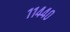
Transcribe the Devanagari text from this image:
११४४०